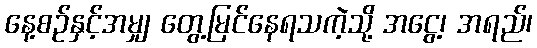
နေ့စဉ်နှင့်အမျှ တွေ့မြင်နေရသကဲ့သို့ အငွေ့၊ အရည်၊